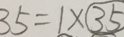
3 5 = 1 \times \textcircled { 3 5 }